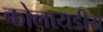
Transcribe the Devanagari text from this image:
कोलायडीय